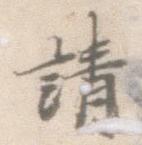
請